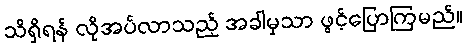
သိရှိရန် လိုအပ်လာသည့် အခါမှသာ ဖွင့်ပြောကြမည်။